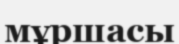
мұршасы